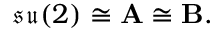
{ \mathfrak { s u } } ( 2 ) \cong \mathbf { A } \cong \mathbf { B } .